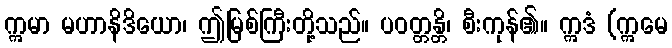
ဣမာ မဟာနိဒိယော၊ ဤမြစ်ကြီးတို့သည်။ ပဝတ္တန္တိ၊ စီးကုန်၏။ ဣဒံ (ဣမေ